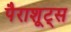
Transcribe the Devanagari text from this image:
पैराशूट्स